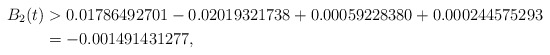
\begin{align*}B_2(t) & > 0.01786492701 - 0.02019321738 + 0.00059228380 + 0.000244575293 \\ & = -0.001491431277 , \end{align*}